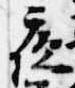
夜